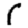
Digit: 1